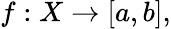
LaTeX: f:X\to[a,b],